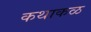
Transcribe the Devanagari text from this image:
कथाकळ